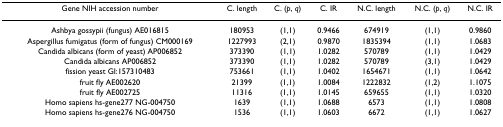
| Gene NIH accession number | C. length | C. (p, q) | C. IR | N.C. length | N.C. (p, q) | N.C. IR |
 | --- | --- | --- | --- | --- | --- | --- |
 | Ashbya gossypii (fungus) AE016815 | 180953 | (1,1) | 0.9466 | 674919 | (1,1) | 0.9860 |
 | Aspergillus fumigatus (form of fungus) CM000169 | 1227993 | (2,1) | 0.9870 | 1835394 | (1,1) | 1.0683 |
 | Candida albicans (form of yeast) AP006852 | 373390 | (1,1) | 1.0282 | 570789 | (1,1) | 1.0429 |
 | Candida albicans AP006852 | 373390 | (1,1) | 1.0282 | 570789 | (3,1) | 1.0429 |
 | fission yeast GI:157310483 | 753661 | (1,1) | 1.0402 | 1654671 | (1,1) | 1.0642 |
 | fruit fly AE002620 | 21399 | (1,1) | 1.0084 | 1222832 | (1,2) | 1.1075 |
 | fruit fly AE002725 | 11316 | (1,1) | 1.0145 | 659655 | (1,1) | 1.0320 |
 | Homo sapiens hs-gene277 NG-004750 | 1639 | (1,1) | 1.0688 | 6573 | (1,1) | 1.0808 |
 | Homo sapiens hs-gene276 NG-004750 | 1536 | (1,1) | 1.0603 | 6672 | (1,1) | 1.0627 |